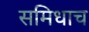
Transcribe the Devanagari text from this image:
समिधाच